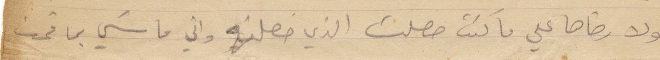
لولا رضاها علي ما كنت حصلت الذي حصلته واني ماشي بما قمت